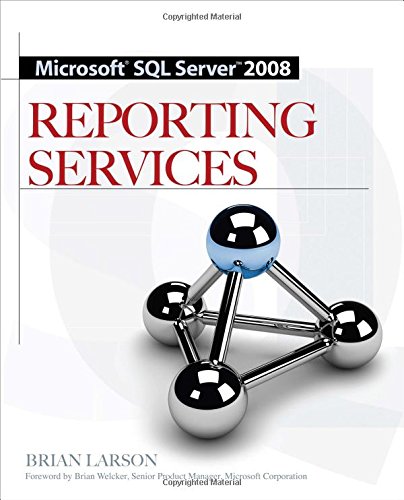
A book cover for Microsoft SQL Server 2008 Reporting Services; Brian Larson; Computers & Technology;